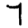
Digit: 7